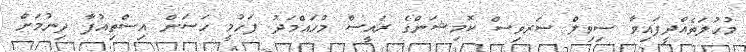
މުހުލަތެއްދީފައިވާ ސިވިލް ސަރވިސް ކޮމިޝަންގެ ރައީސް މުހައްމަދު ފަހުމީ ހަސަން އިސްތިއުފާ ދިނުމަށް